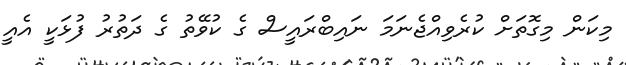
މިކަން މިގޮތަށް ކުރެވިއްޖެނަމަ ނައިބްރައީސް ގެ ކުވޭތު ގެ ދަތުރު ފުޅަކީ އެއީ